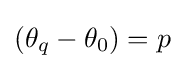
(\theta _{q}-\theta _{0})=p